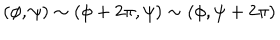
LaTeX: ( \phi , \psi ) \sim ( \phi + 2 \pi , \psi ) \sim ( \phi , \psi + 2 \pi ) \,